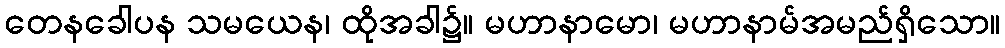
တေနခေါပန သမယေန၊ ထိုအခါ၌။ မဟာနာမော၊ မဟာနာမ်အမည်ရှိသော။